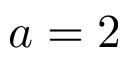
a = 2